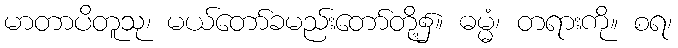
မာတာပိတူသု၊ မယ်တော်ခမည်းတော်တို့၌။ ဓမ္မံ၊ တရားကို။ စရ၊